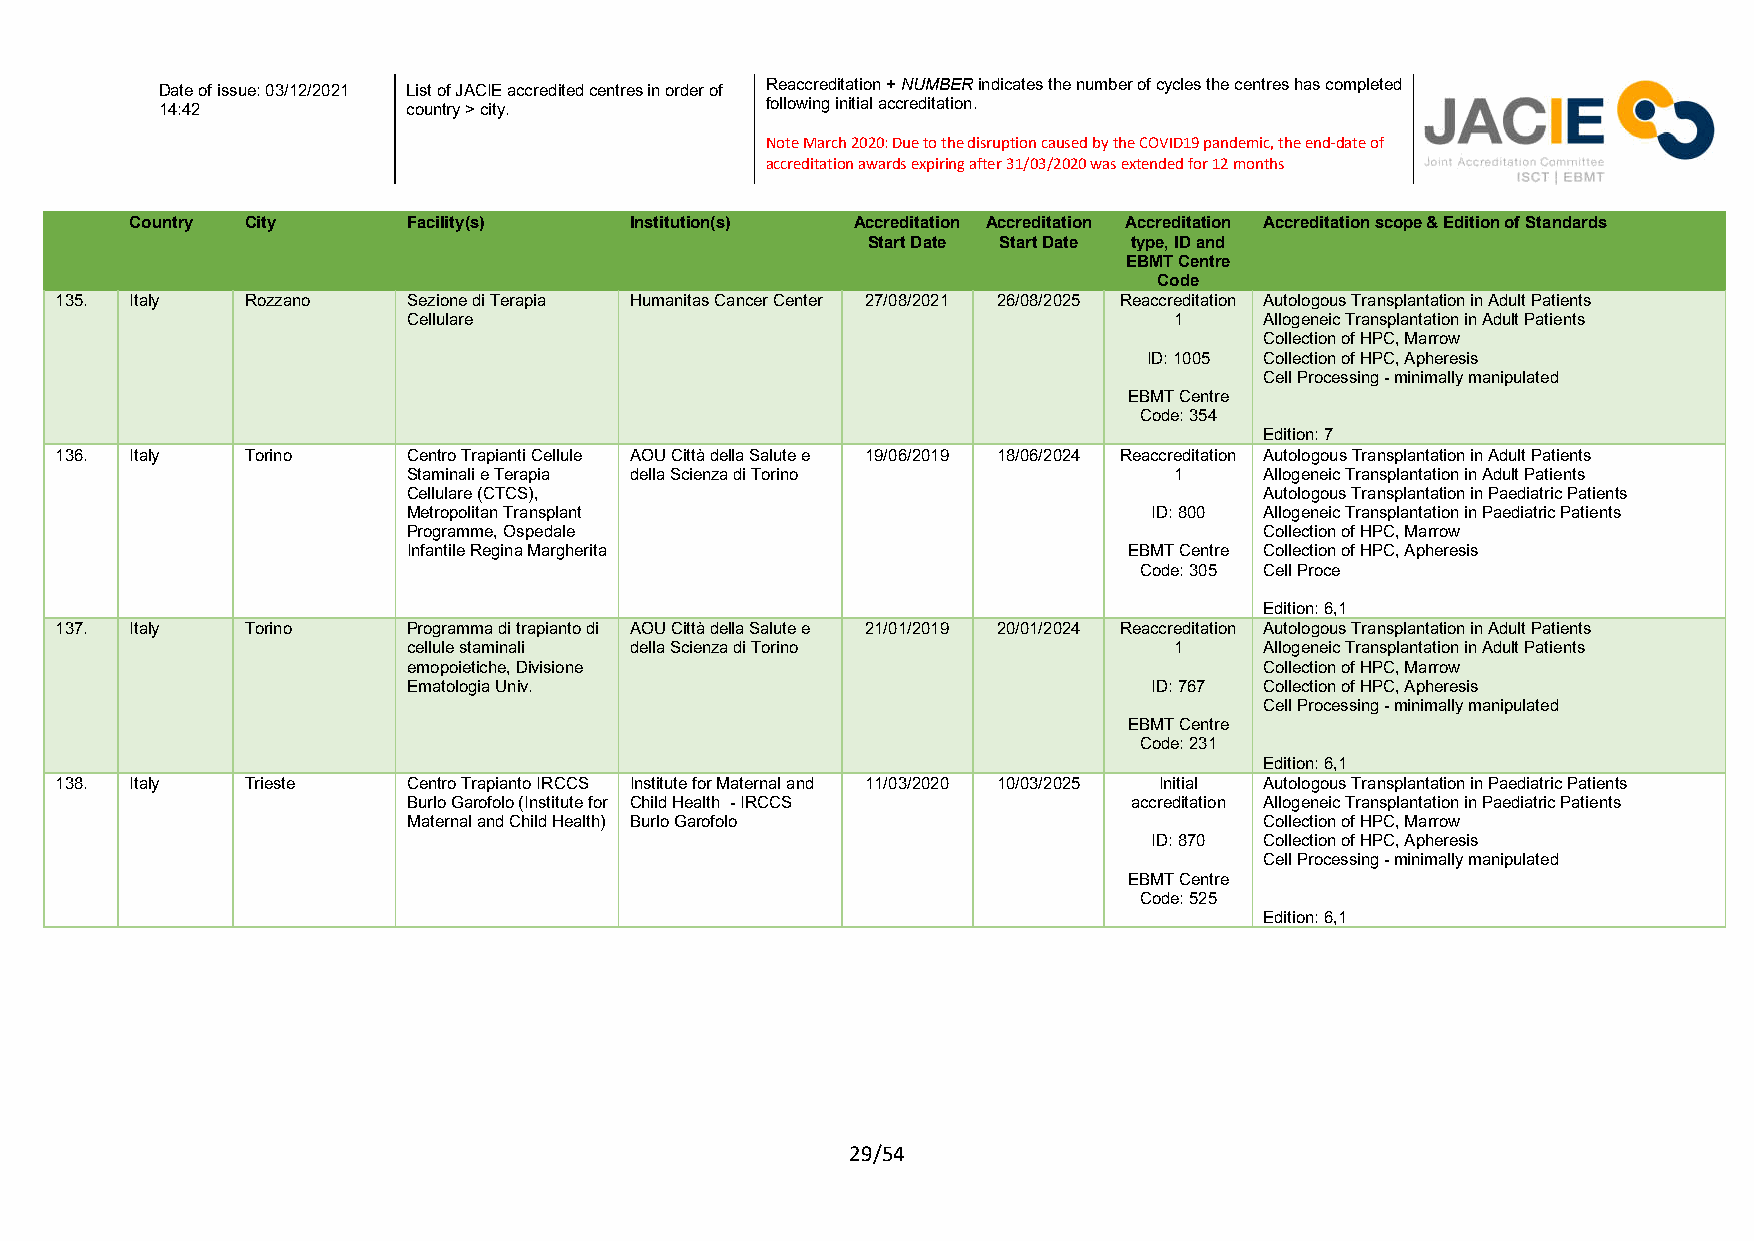
Reaccreditation + NUMBER indicates the number of cycles the centres has completed
 Date of issue: 03/12/2021 List of JACIE accredited centres in order of
 following initial accreditation.
 14:42           country > city.
 Note March 2020: Due to the disruption caused by the COVID19 pandemic, the end-date of
 accreditation awards expiring after 31/03/2020 was extended for 12 months
 Country City      Facility(s)    Institution(s) Accreditation Accreditation Accreditation Accreditation scope & Edition of Standards
 Start Date Start Date type, ID and
 EBMT Centre
 Code
 135. Italy  Rozzano    Sezione di Terapia Humanitas Cancer Center 27/08/2021 26/08/2025 Reaccreditation Autologous Transplantation in Adult Patients
 Cellulare                                          1     Allogeneic Transplantation in Adult Patients
 Collection of HPC, Marrow
 ID: 1005 Collection of HPC, Apheresis
 Cell Processing - minimally manipulated
 EBMT Centre
 Code: 354
 Edition: 7
 136. Italy  Torino     Centro Trapianti Cellule AOU Città della Salute e 19/06/2019 18/06/2024 Reaccreditation Autologous Transplantation in Adult Patients
 Staminali e Terapia della Scienza di Torino        1     Allogeneic Transplantation in Adult Patients
 Cellulare (CTCS),                                        Autologous Transplantation in Paediatric Patients
 Metropolitan Transplant                          ID: 800 Allogeneic Transplantation in Paediatric Patients
 Programme, Ospedale                                      Collection of HPC, Marrow
 Infantile Regina Margherita                     EBMT Centre Collection of HPC, Apheresis
 Code: 305 Cell Proce
 Edition: 6,1
 137. Italy  Torino     Programma di trapianto di AOU Città della Salute e 21/01/2019 20/01/2024 Reaccreditation Autologous Transplantation in Adult Patients
 cellule staminali della Scienza di Torino          1     Allogeneic Transplantation in Adult Patients
 emopoietiche, Divisione                                  Collection of HPC, Marrow
 Ematologia Univ.                                 ID: 767 Collection of HPC, Apheresis
 Cell Processing - minimally manipulated
 EBMT Centre
 Code: 231
 Edition: 6,1
 138. Italy  Trieste    Centro Trapianto IRCCS Institute for Maternal and 11/03/2020 10/03/2025 Initial Autologous Transplantation in Paediatric Patients
 Burlo Garofolo (Institute for Child Health - IRCCS accreditation Allogeneic Transplantation in Paediatric Patients
 Maternal and Child Health) Burlo Garofolo                Collection of HPC, Marrow
 ID: 870 Collection of HPC, Apheresis
 Cell Processing - minimally manipulated
 EBMT Centre
 Code: 525
 Edition: 6,1
 29/54